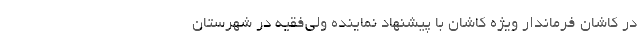
در کاشان فرماندار ویژه کاشان با پیشنهاد نماینده ولی‌فقیه در شهرستان